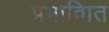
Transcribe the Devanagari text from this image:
प्रभावाित